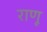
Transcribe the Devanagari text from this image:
राणू